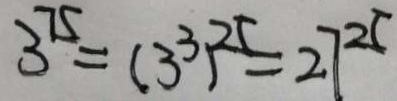
3 ^ { 7 5 } = ( 3 ^ { 3 } ) ^ { 2 5 } = 2 7 ^ { 2 5 }